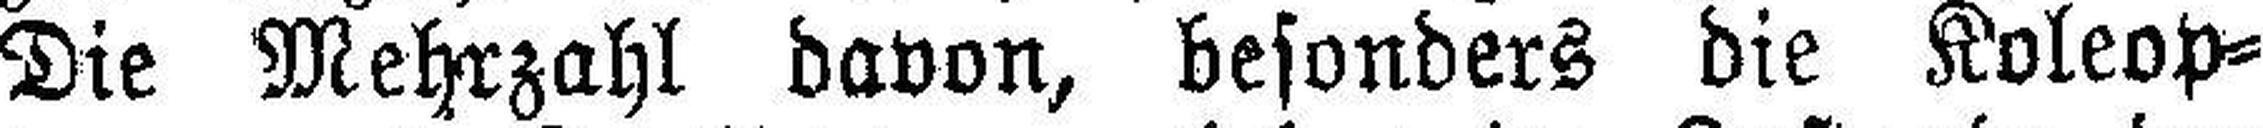
Die Mehrzahl davon, besonders die Koleop¬